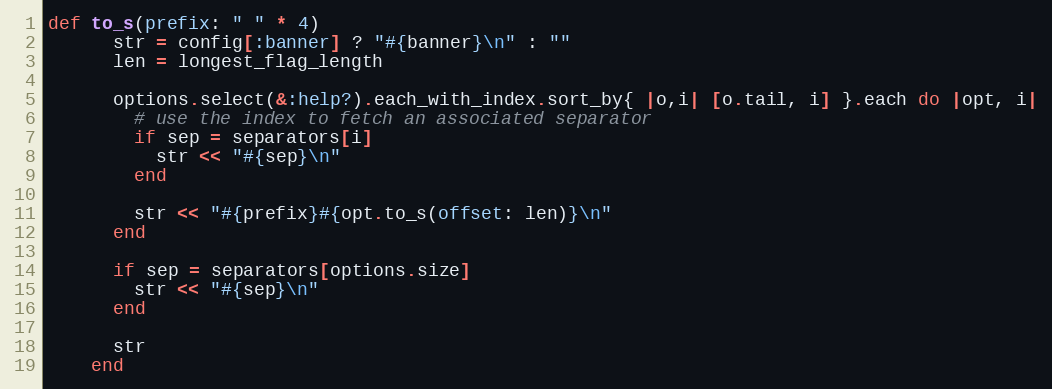
Language: Ruby
def to_s(prefix: " " * 4)
      str = config[:banner] ? "#{banner}\n" : ""
      len = longest_flag_length

      options.select(&:help?).each_with_index.sort_by{ |o,i| [o.tail, i] }.each do |opt, i|
        # use the index to fetch an associated separator
        if sep = separators[i]
          str << "#{sep}\n"
        end

        str << "#{prefix}#{opt.to_s(offset: len)}\n"
      end

      if sep = separators[options.size]
        str << "#{sep}\n"
      end

      str
    end